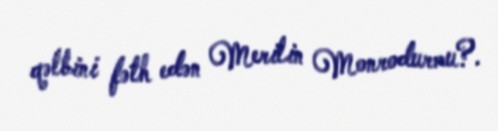
qəlbini fəth edən Merilin Monrodurmu?.